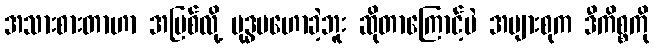
အသားစားတာဟာ အပြစ်လို့ ဗုဒ္ဓမဟောခဲ့ဘူး ဆိုတာကြောင့်ပဲ အများစုက ဒီကိစ္စကို